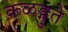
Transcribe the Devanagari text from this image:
कळङ्गुते